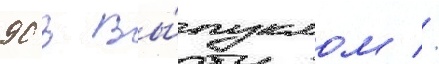
90 в вы́пуклом //